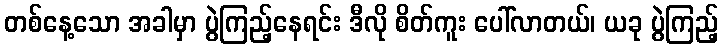
တစ်နေ့သော အခါမှာ ပွဲကြည့်နေရင်း ဒီလို စိတ်ကူး ပေါ်လာတယ်၊ ယခု ပွဲကြည့်